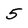
Character: 5